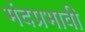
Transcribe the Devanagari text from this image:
मंदप्रभावी